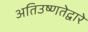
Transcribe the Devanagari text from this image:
अतिउष्णतेद्वारे